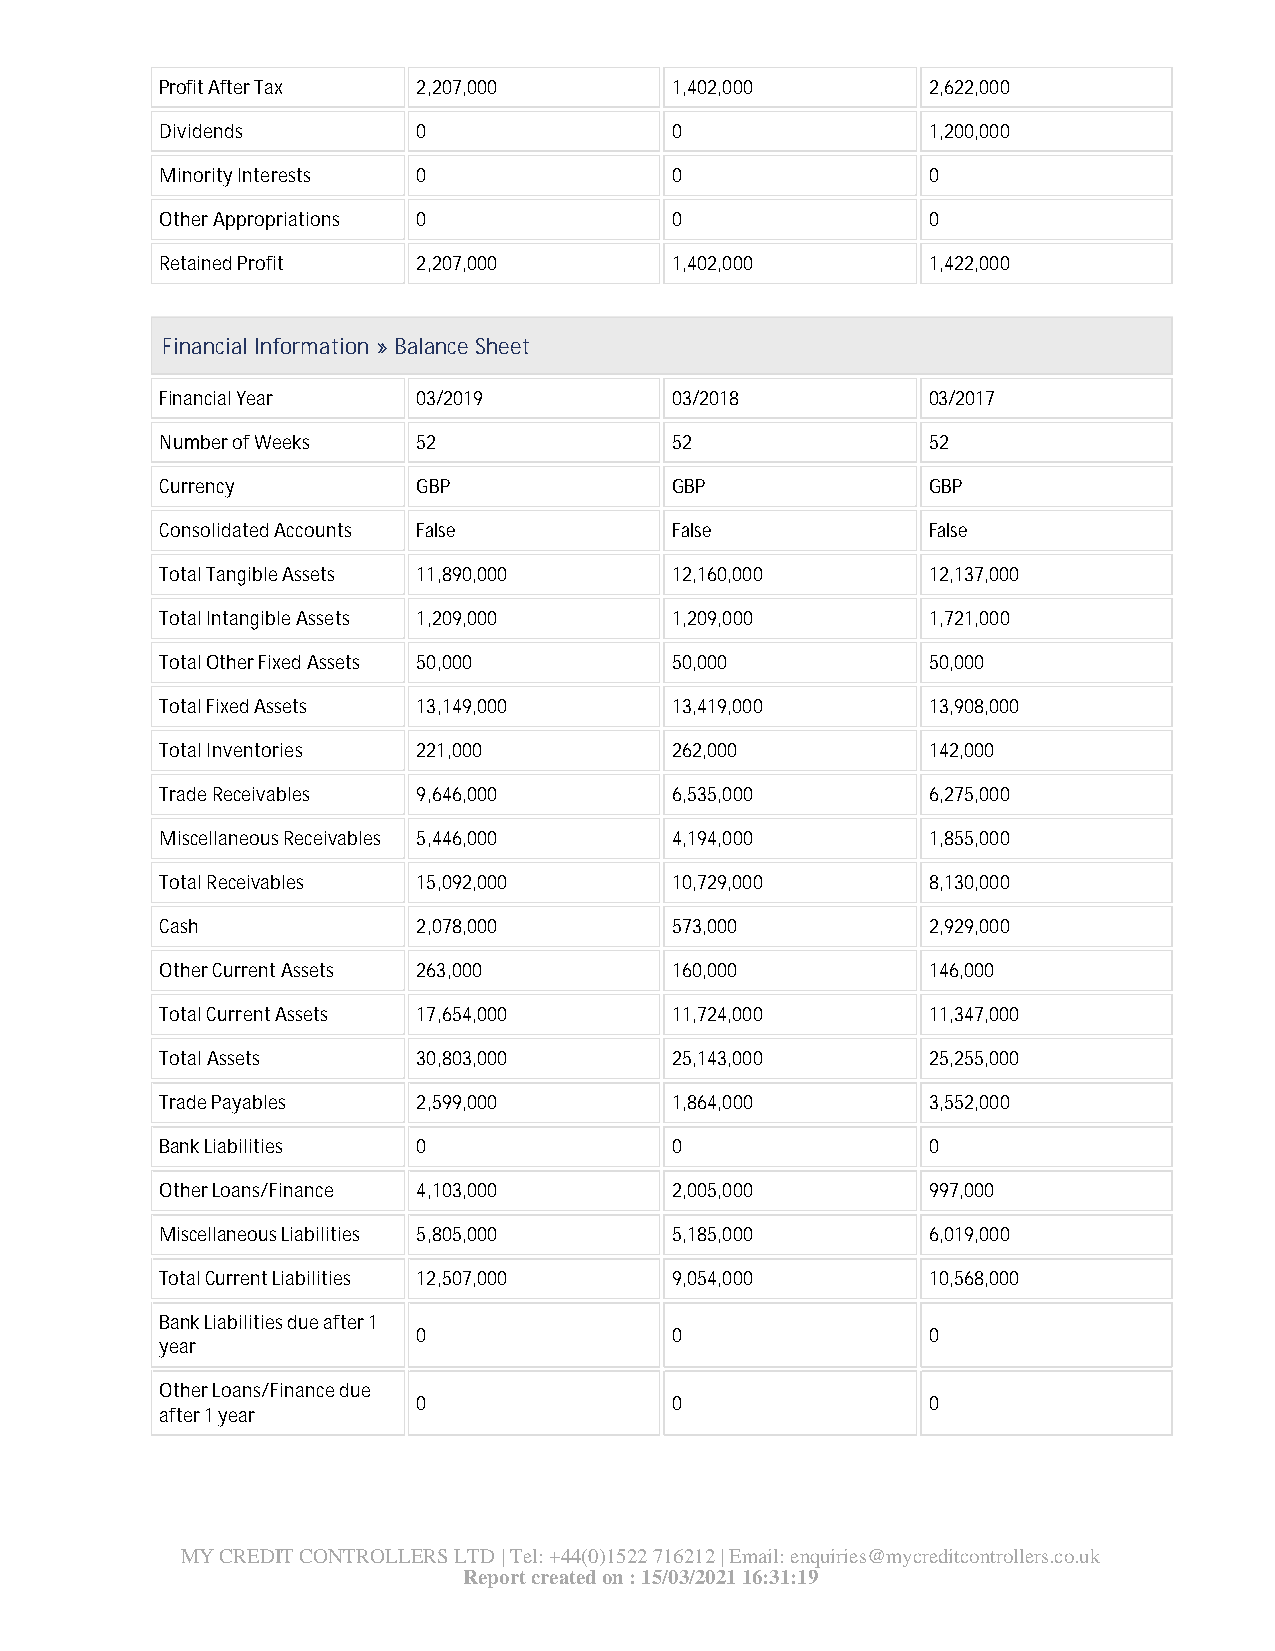
Profit After Tax 2,207,000       1,402,000        2,622,000
 Dividends        0               0                1,200,000
 Minority Interests 0             0                0
 Other Appropriations 0           0                0
 Retained Profit  2,207,000       1,402,000        1,422,000
 Financial Information » Balance Sheet
 Financial Year   03/2019         03/2018          03/2017
 Number of Weeks  52              52               52
 Currency         GBP             GBP              GBP
 Consolidated Accounts False      False            False
 Total Tangible Assets 11,890,000 12,160,000       12,137,000
 Total Intangible Assets 1,209,000 1,209,000       1,721,000
 Total Other Fixed Assets 50,000  50,000           50,000
 Total Fixed Assets 13,149,000    13,419,000       13,908,000
 Total Inventories 221,000        262,000          142,000
 Trade Receivables 9,646,000      6,535,000        6,275,000
 Miscellaneous Receivables 5,446,000 4,194,000     1,855,000
 Total Receivables 15,092,000     10,729,000       8,130,000
 Cash             2,078,000       573,000          2,929,000
 Other Current Assets 263,000     160,000          146,000
 Total Current Assets 17,654,000  11,724,000       11,347,000
 Total Assets     30,803,000      25,143,000       25,255,000
 Trade Payables   2,599,000       1,864,000        3,552,000
 Bank Liabilities 0               0                0
 Other Loans/Finance 4,103,000    2,005,000        997,000
 Miscellaneous Liabilities 5,805,000 5,185,000     6,019,000
 Total Current Liabilities 12,507,000 9,054,000    10,568,000
 Bank Liabilities due after 1
 0               0                0
 year
 Other Loans/Finance due
 0               0                0
 after 1 year
 MY CREDIT CONTROLLERS LTD | Tel: +44(0)1522 716212 | Email: enquiries@mycreditcontrollers.co.uk
 Report created on : 15/03/2021 16:31:19